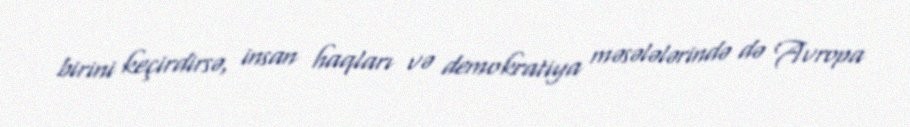
birini keçirdirsə, insan haqları və demokratiya məsələlərində də Avropa